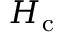
H _ { \mathrm { c } }